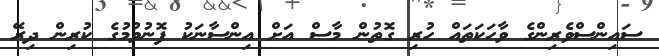
ސައިންސްވެރިންގެ ވާހަކަތައް ހުރި ގޮތުން މާސް އަށް އިންސާނަކު ފޮނުވުމުގެ ކުރިން ދިރޭ